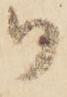
御